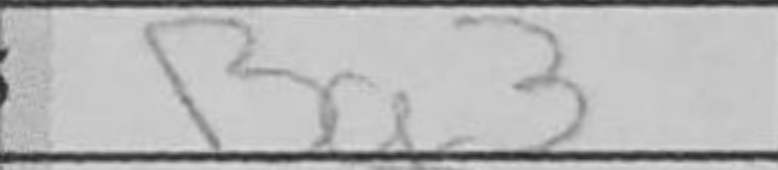
Transcription: Bg3